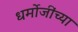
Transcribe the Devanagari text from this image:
धर्मोजींच्या